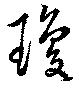
瓊